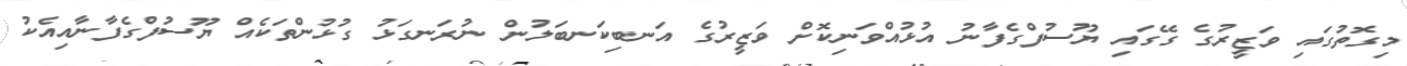
މިގޮތުގައި ވަޒީރުގެ ގޭގައި ޔޫސުފްގެފާނު އުޅުއްވަނިކޮށް ވަޒީރުގެ އަނބިކަނބަލުން ނުރަނގަޅު ގުޅުންތަކެއް ޔޫސުފްގެފާނާއިއެކު